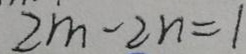
\[2m - 2n = 1\]